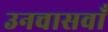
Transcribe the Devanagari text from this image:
उनचासवाँ